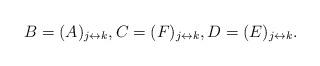
LaTeX: \begin{align*}B=(A)_{j\leftrightarrow k},C=(F)_{j\leftrightarrow k},D=(E)_{j\leftrightarrow k}.\end{align*}